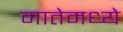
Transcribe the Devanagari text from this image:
मातेमध्ये